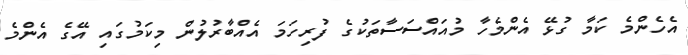
އެހެންމެ ކަމާ ގުޅޭ އެންމެހާ މުއައްސަސާތަކުގެ ފުރިހަމަ އެއްބާރުލުން މިކަމުގައި އޭގެ އެންމެ